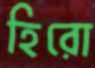
হিরো